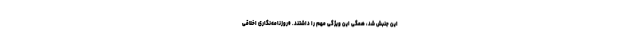
این جنبش شد، همگی این ویژگی مهم را داشتند. •‌روزنامه‌نگاری اخلاقی